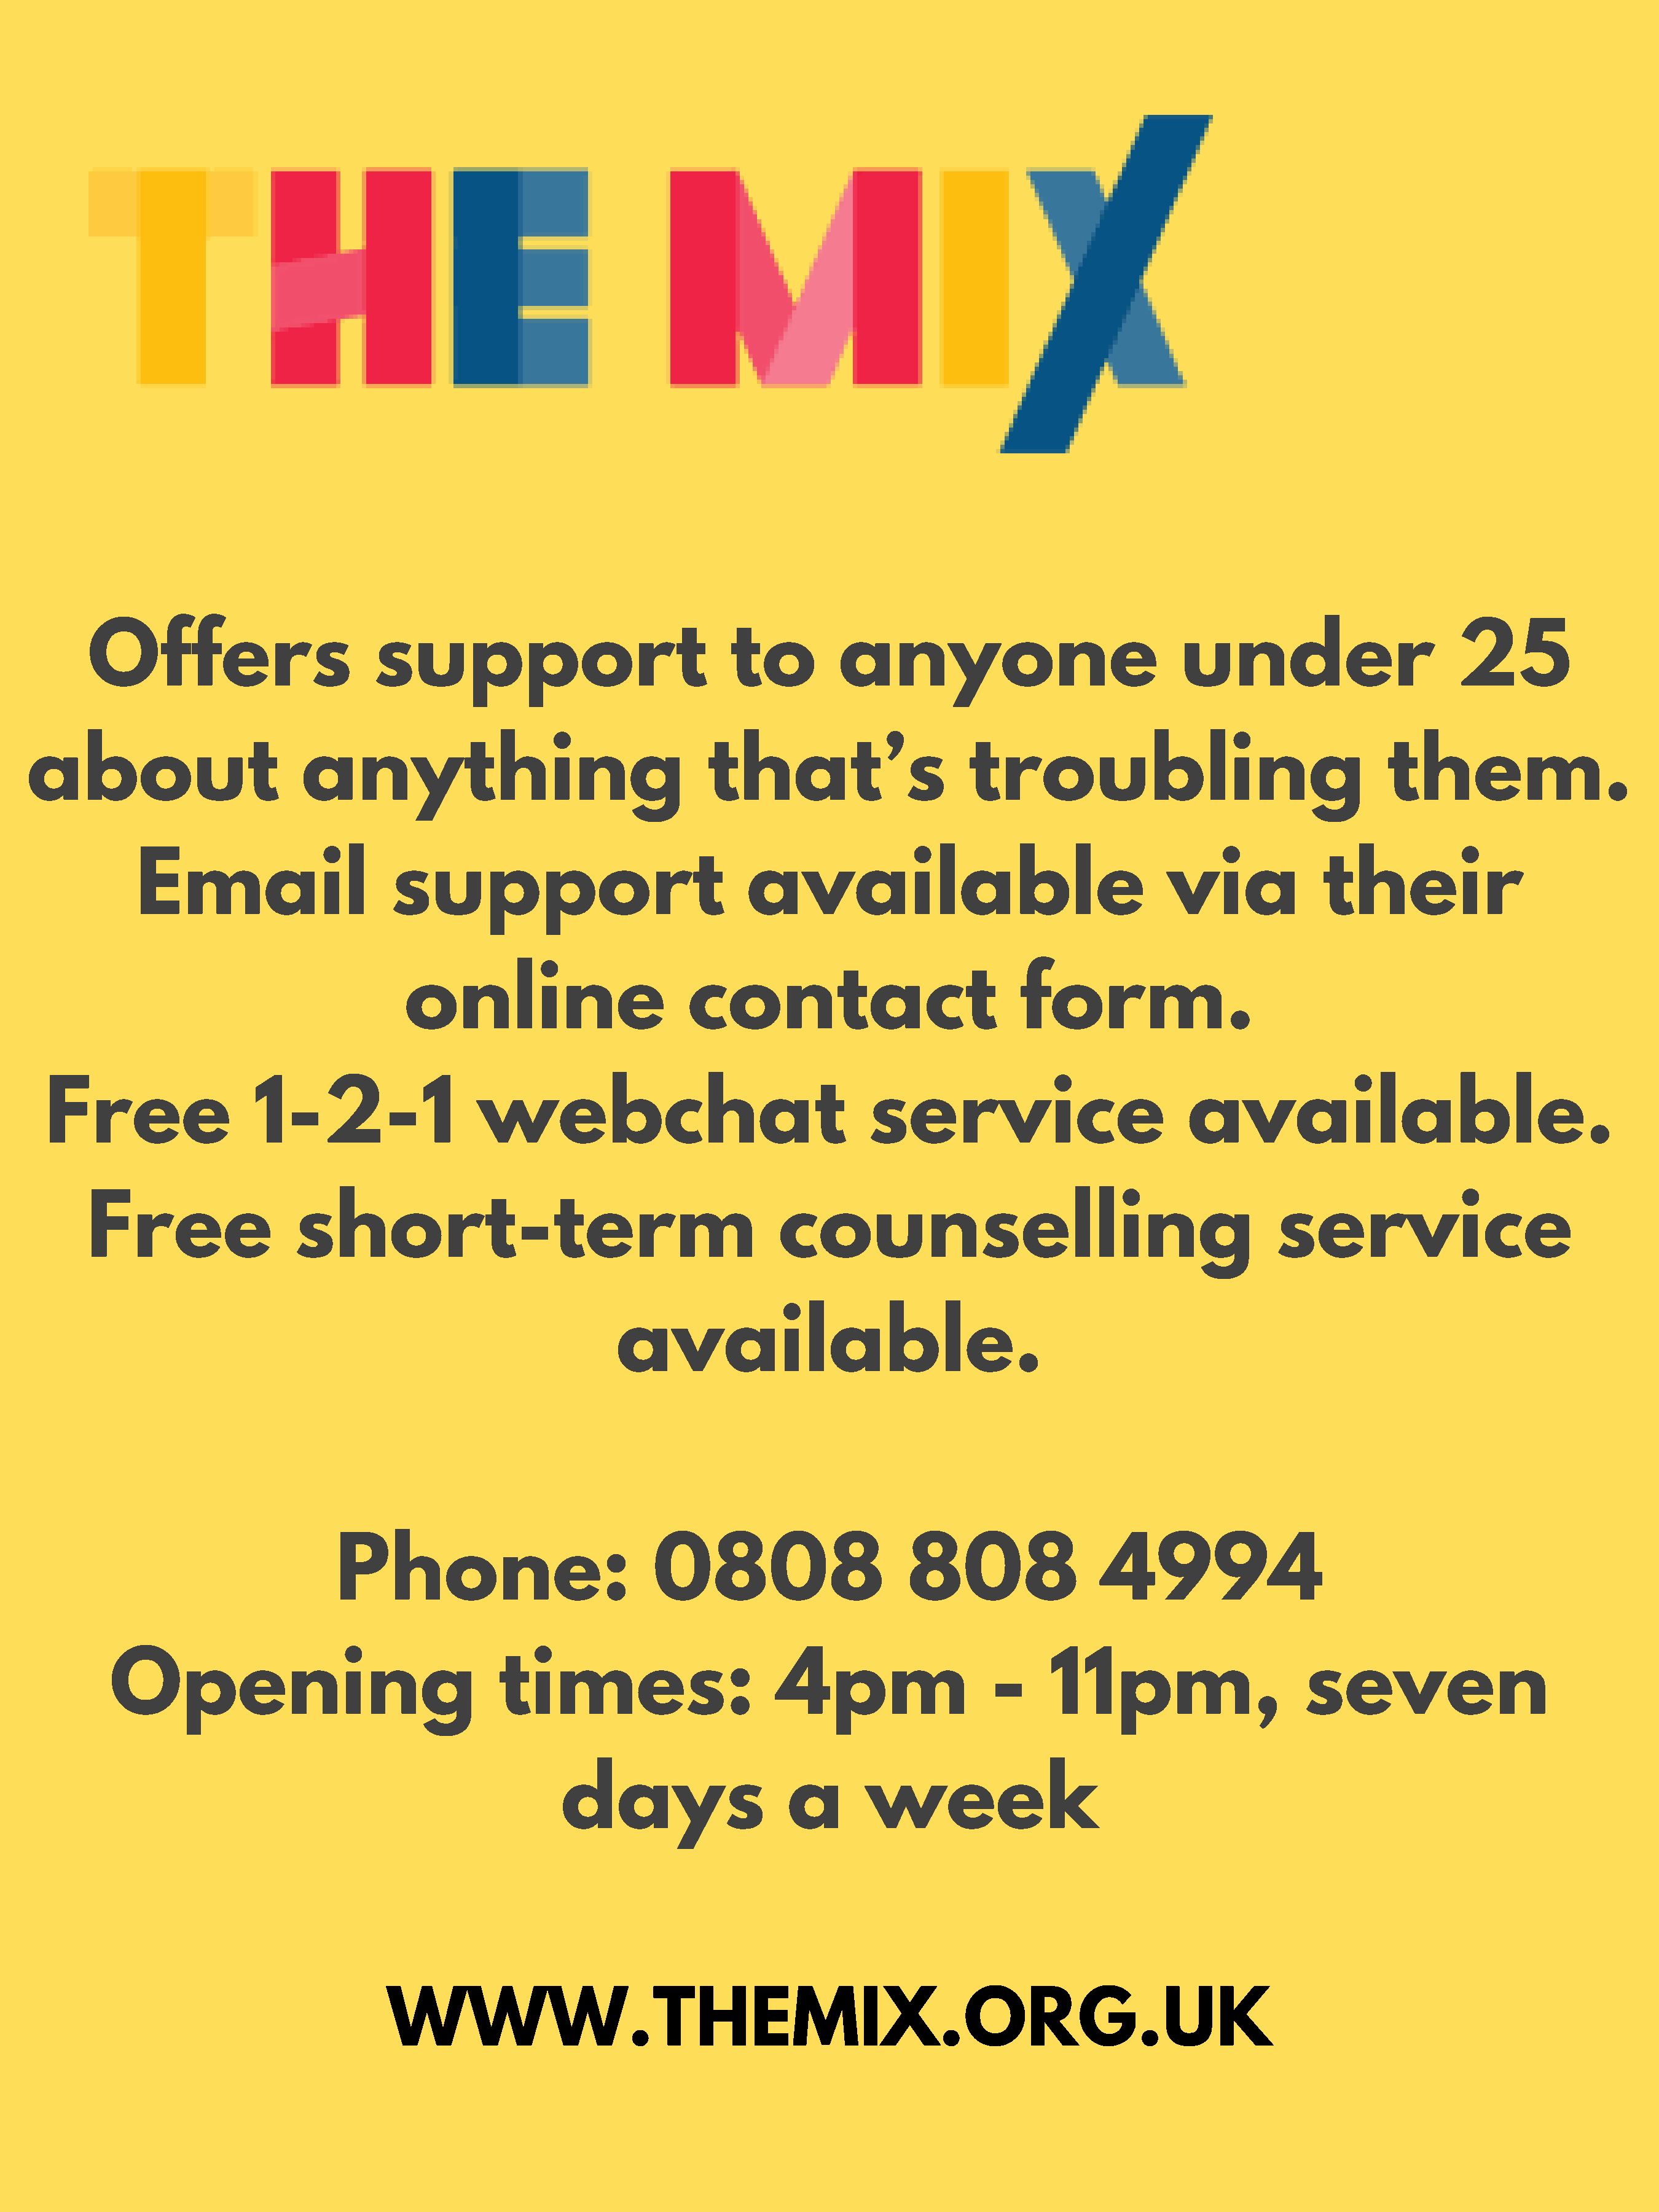
Offers                         support                                to         anyone                               under                         25
 about                        anything                                    that’s                      troubling                                    them.
 Email                      support                               available                                     via             their
 online                        contact                             form.
 Free                  1-2-1                   webchat                                    service                           available.
 Free                   short-term                                          counselling                                           service
 available.
 Phone:                            0808                        808                  4994
 Opening                                   times:                        4pm                    -     11pm,                       seven
 days                     a       week
 WWW.THEMIX.ORG.UK